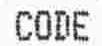
CODE